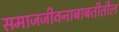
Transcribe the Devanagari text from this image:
समाजजीवनाबाबतीतील